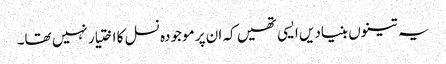
یہ تینوں بنیادیں ایسی تھیں کہ ان پر موجودہ نسل کا اختیار نہیں تھا۔